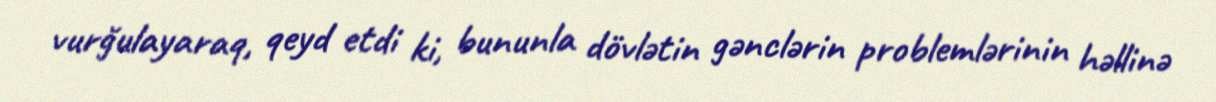
vurğulayaraq, qeyd etdi ki, bununla dövlətin gənclərin problemlərinin həllinə